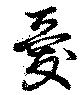
憂